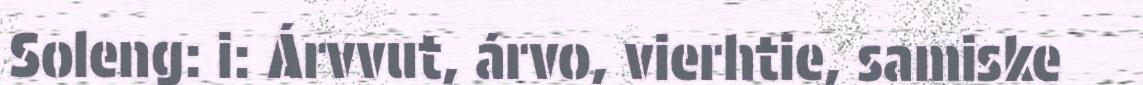
Soleng: i: Árvvut, árvo, vierhtie, samiske